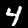
Label: 4